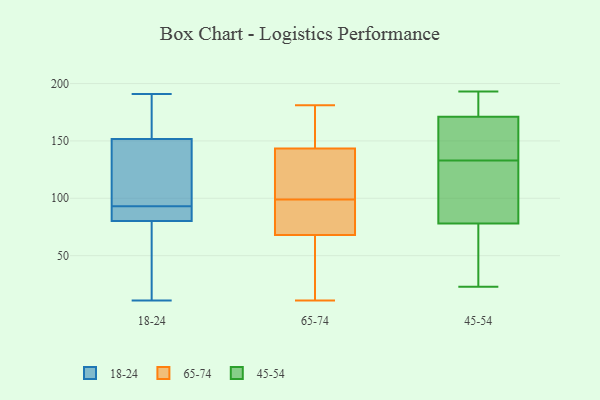
{"axis": {"x": "Page Views", "y": "Value"}, "legend": ["18-24", "45-54", "65-74"], "data": [{"x": "", "y": 111, "type": "18-24"}, {"x": "", "y": 156, "type": "18-24"}, {"x": "", "y": 125, "type": "18-24"}, {"x": "", "y": 11, "type": "18-24"}, {"x": "", "y": 59, "type": "18-24"}, {"x": "", "y": 147, "type": "18-24"}, {"x": "", "y": 89, "type": "18-24"}, {"x": "", "y": 84, "type": "18-24"}, {"x": "", "y": 153, "type": "18-24"}, {"x": "", "y": 185, "type": "18-24"}, {"x": "", "y": 191, "type": "18-24"}, {"x": "", "y": 183, "type": "18-24"}, {"x": "", "y": 80, "type": "18-24"}, {"x": "", "y": 88, "type": "18-24"}, {"x": "", "y": 67, "type": "18-24"}, {"x": "", "y": 81, "type": "18-24"}, {"x": "", "y": 148, "type": "18-24"}, {"x": "", "y": 19, "type": "18-24"}, {"x": "", "y": 93, "type": "18-24"}, {"x": "", "y": 139, "type": "65-74"}, {"x": "", "y": 99, "type": "65-74"}, {"x": "", "y": 86, "type": "65-74"}, {"x": "", "y": 26, "type": "65-74"}, {"x": "", "y": 145, "type": "65-74"}, {"x": "", "y": 71, "type": "65-74"}, {"x": "", "y": 11, "type": "65-74"}, {"x": "", "y": 172, "type": "65-74"}, {"x": "", "y": 67, "type": "65-74"}, {"x": "", "y": 108, "type": "65-74"}, {"x": "", "y": 179, "type": "65-74"}, {"x": "", "y": 181, "type": "65-74"}, {"x": "", "y": 122, "type": "65-74"}, {"x": "", "y": 21, "type": "65-74"}, {"x": "", "y": 80, "type": "65-74"}, {"x": "", "y": 123, "type": "45-54"}, {"x": "", "y": 78, "type": "45-54"}, {"x": "", "y": 23, "type": "45-54"}, {"x": "", "y": 122, "type": "45-54"}, {"x": "", "y": 171, "type": "45-54"}, {"x": "", "y": 143, "type": "45-54"}, {"x": "", "y": 178, "type": "45-54"}, {"x": "", "y": 193, "type": "45-54"}, {"x": "", "y": 151, "type": "45-54"}, {"x": "", "y": 33, "type": "45-54"}]}